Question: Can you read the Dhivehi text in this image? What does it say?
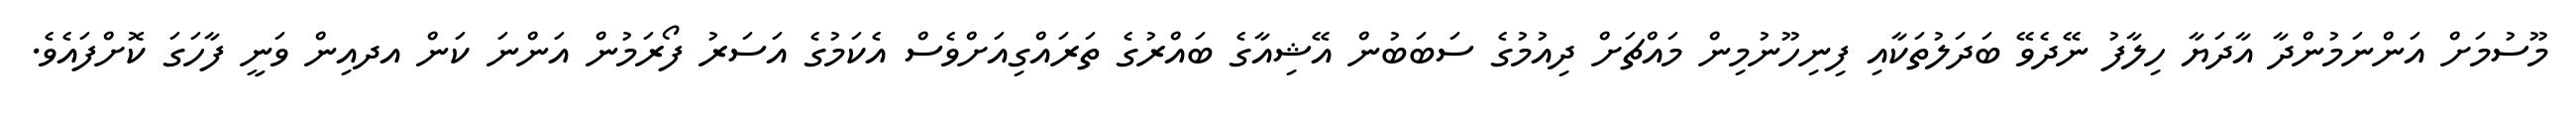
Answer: މޫސުމަށް އަންނަމުންދާ އާދަޔާ ހިލާފު ނޭދެވޭ ބަދަލުތަކާއި ފިނިހޫނުމިން މައްޗަށް ދިއުމުގެ ސަބަބުން އޭޝިއާގެ ބައްރުގެ ތަރައްގިއަށްވެސް އެކަމުގެ އަސަރު ފޯރަމުން އަންނަ ކަން އދއިން ވަނީ ފާހަގަ ކޮށްފައެވެ.